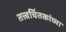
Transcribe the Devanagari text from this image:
तत्त्वचिंतकांच्या